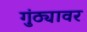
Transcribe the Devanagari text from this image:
गुंठ्यावर